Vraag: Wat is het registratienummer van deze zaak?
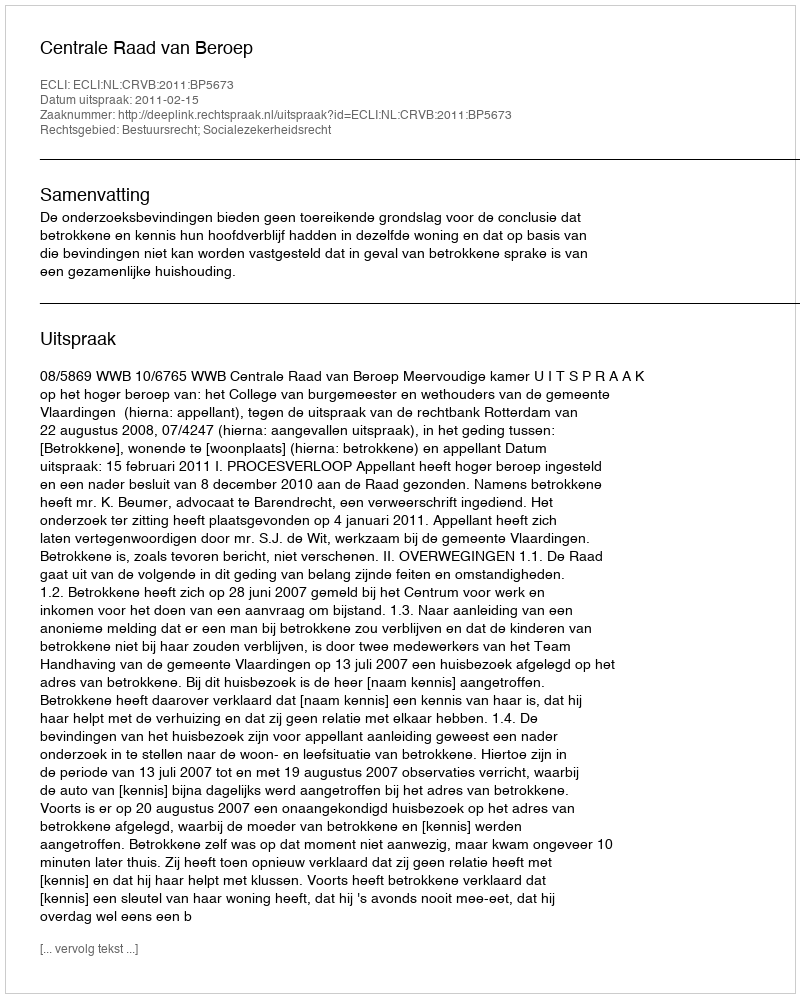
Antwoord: http://deeplink.rechtspraak.nl/uitspraak?id=ECLI:NL:CRVB:2011:BP5673